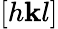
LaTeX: [h\mathbf{k}l]